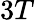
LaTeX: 3T